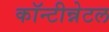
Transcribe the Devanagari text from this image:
कॉन्टीन्नेटल